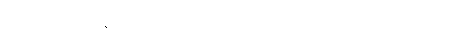
စောဒနာဖွယ်ရှိပြန်ရကား ‘ဟေတုသမ္ပဒါပိ အတ္ထတော ဝိဘာဝိတာ ဟောတိ’ကို